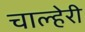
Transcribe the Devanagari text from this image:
चाल्हेरी